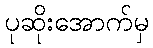
ပုဆိုးအောက်မှ